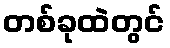
တစ်ခုထဲတွင်